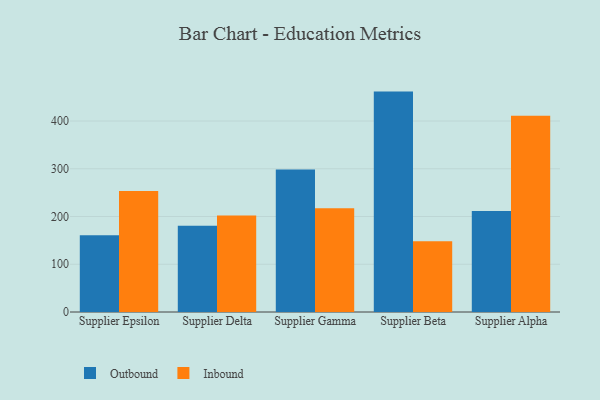
{"axis": {"x": "Supplier", "y": "Production Output"}, "legend": ["Inbound", "Outbound"], "data": [{"x": "Supplier Epsilon", "y": 160.5, "type": "Outbound"}, {"x": "Supplier Epsilon", "y": 253.2, "type": "Inbound"}, {"x": "Supplier Delta", "y": 180.7, "type": "Outbound"}, {"x": "Supplier Delta", "y": 202.1, "type": "Inbound"}, {"x": "Supplier Gamma", "y": 298.6, "type": "Outbound"}, {"x": "Supplier Gamma", "y": 217.4, "type": "Inbound"}, {"x": "Supplier Beta", "y": 461.6, "type": "Outbound"}, {"x": "Supplier Beta", "y": 148.2, "type": "Inbound"}, {"x": "Supplier Alpha", "y": 211.3, "type": "Outbound"}, {"x": "Supplier Alpha", "y": 411.0, "type": "Inbound"}]}